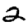
Digit: 2